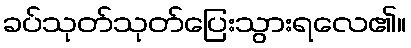
ခပ်သုတ်သုတ်ပြေးသွားရလေ၏။